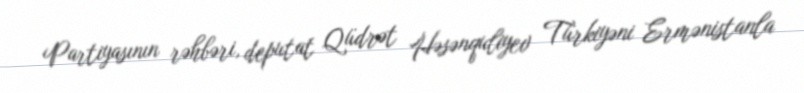
Partiyasının rəhbəri, deputat Qüdrət Həsənquliyev Türkiyəni Ermənistanla